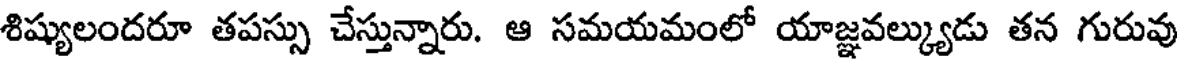
శిష్యులందరూ తపస్సు చేస్తున్నారు. ఆ సమయమంలో యాజ్ఞవల్క్యుడు తన గురువు